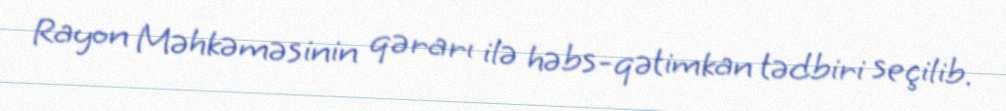
Rayon Məhkəməsinin qərarı ilə həbs-qətimkan tədbiri seçilib.